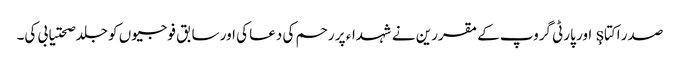
صدر اکتاş اور پارٹی گروپ کے مقررین نے شہداء پر رحم کی دعا کی اور سابق فوجیوں کو جلد صحتیابی کی۔